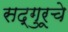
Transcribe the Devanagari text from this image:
सद्‌गुरूचे